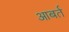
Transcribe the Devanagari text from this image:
आबर्त